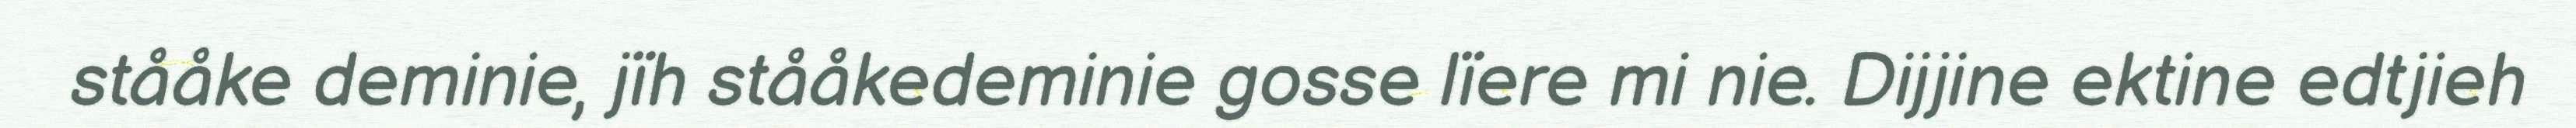
stååke deminie, jïh stååkedeminie gosse lïere mi nie. Dijjine ektine edtjieh